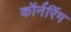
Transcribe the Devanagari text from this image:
कॉर्नरिंग